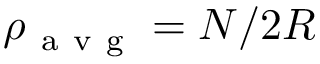
\rho _ { \mathrm { ~ a ~ v ~ g ~ } } = N / 2 R